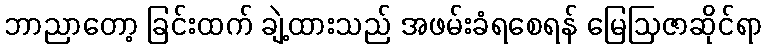
ဘာညာတော့ ခြင်းထက် ချဲ့ထားသည် အဖမ်းခံရစေရန် မြေဩဇာဆိုင်ရာ